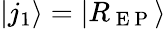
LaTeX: |j_{1}\rangle=|R_{\mathrm{~E~P~}}\rangle